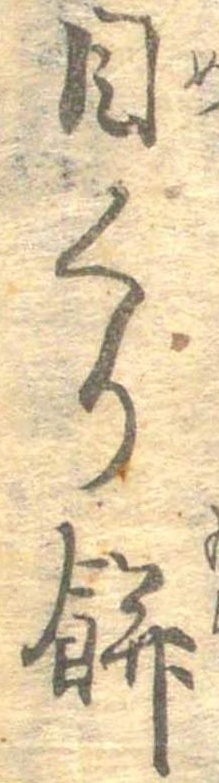
目くり餅